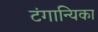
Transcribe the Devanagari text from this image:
टंगान्यिका